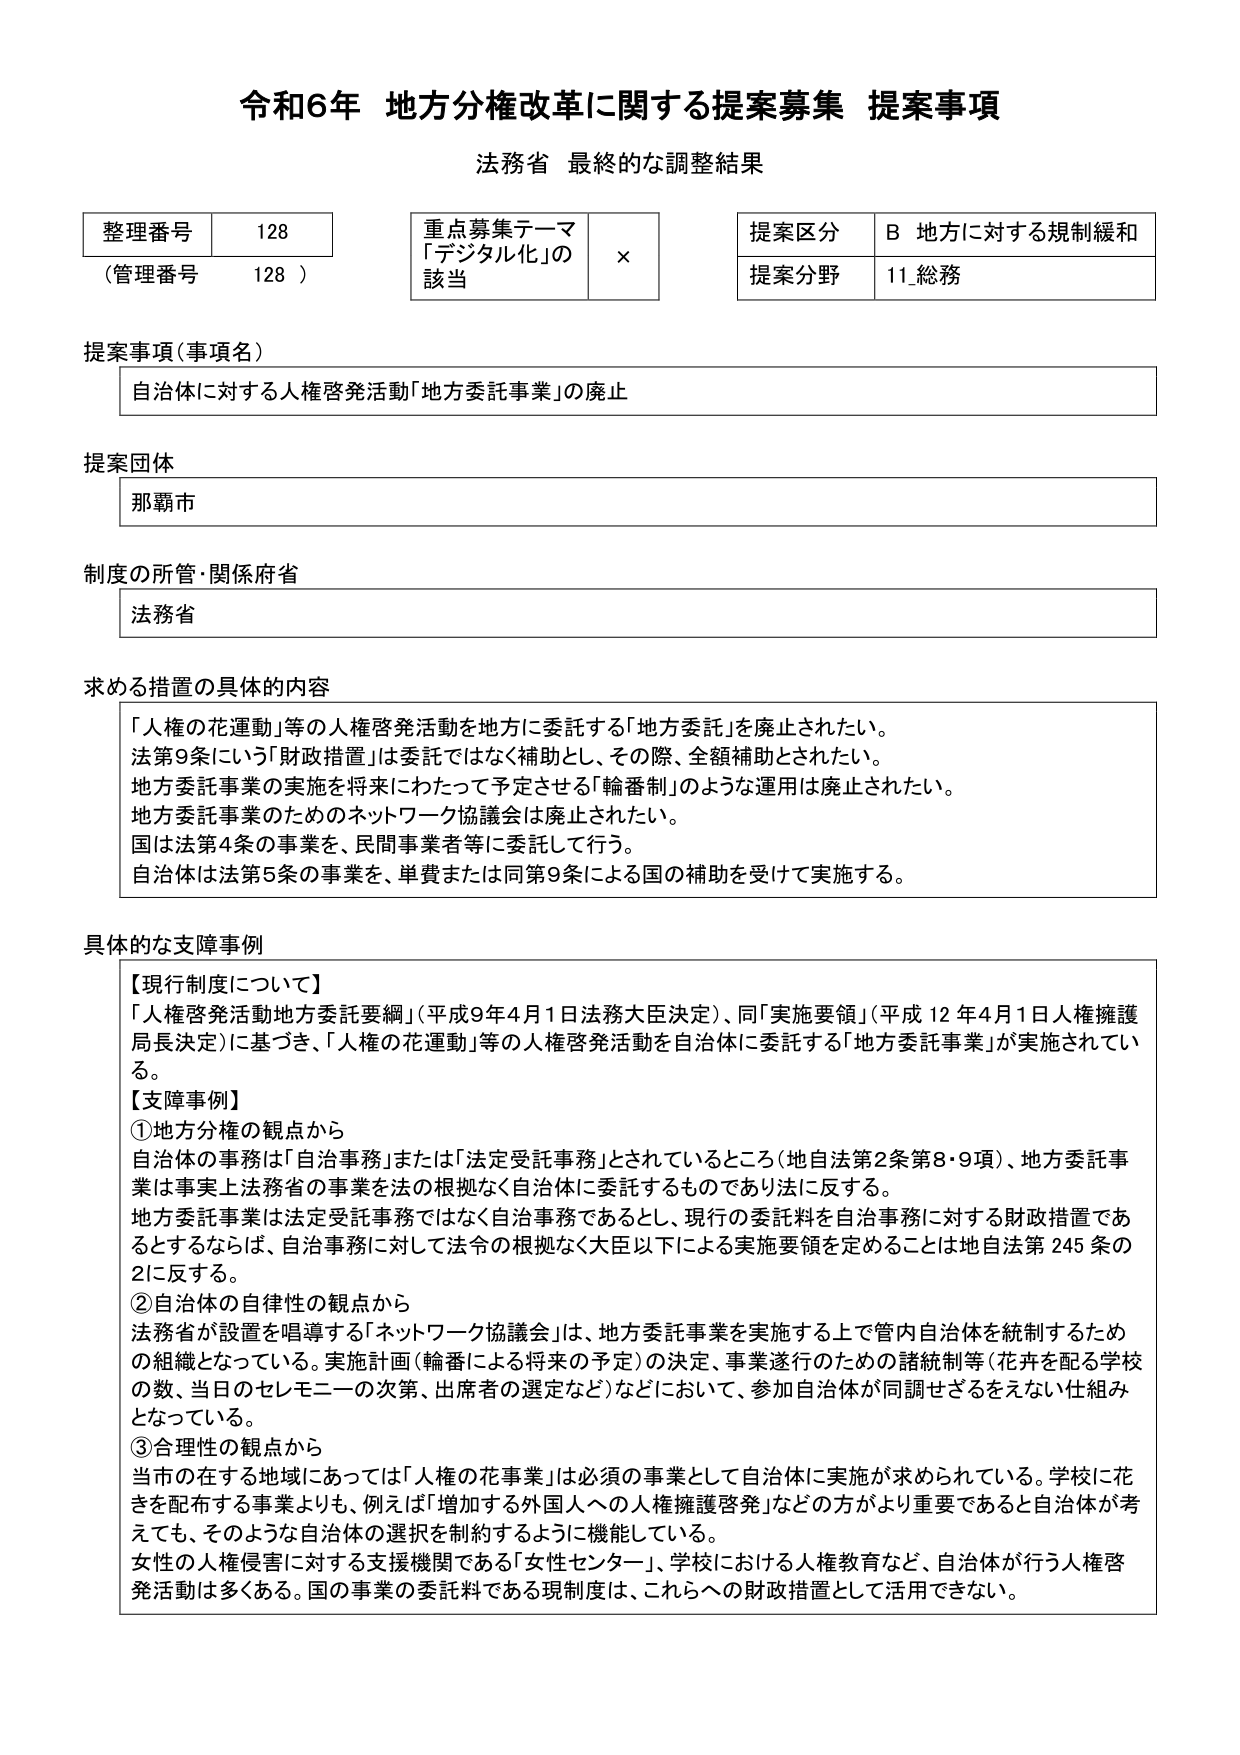
令和6年 地方分権改革に関する提案募集 提案事項
法務省 最終的な調整結果

整理番号 128
（管理番号 128）

重点募集テーマ
「デジタル化」の
該当 ×

提案区分 B 地方に対する規制緩和
提案分野 11_総務

提案事項（事項名）
自治体に対する人権啓発活動「地方委託事業」の廃止

提案団体
那覇市

制度の所管・関係府省
法務省

求める措置の具体的な内容
「人権の花運動」等の人権啓発活動を地方に委託する「地方委託」を廃止されたい。
法第9条にいう「財政措置」は委託ではなく補助とし、その際、全額補助とされたい。
地方委託事業の実施を将来にわたって予定させる「輪番制」のような運用は廃止されたい。
地方委託事業のためのネットワーク協議会は廃止されたい。
国は法第4条の事業を、民間事業者等に委託して行う。
自治体は法第5条の事業を、単費または同第9条による国の補助を受けて実施する。

具体的な支障事例
【現行制度について】
「人権啓発活動地方委託要綱」（平成9年4月1日法務大臣決定）、同「実施要領」（平成12年4月1日人権擁護局長決定）に基づき、「人権の花運動」等の人権啓発活動を自治体に委託する「地方委託事業」が実施されている。
【支障事例】
①地方分権の観点から
自治体の事務は「自治事務」または「法定受託事務」とされているところ（地自法第2条第8・9項）、地方委託事業は事実上法務省の事業を法の根拠なく自治体に委託するものであり法に反する。
地方委託事業は法定受託事務ではなく自治事務であるとし、現行の委託料を自治事務に対する財政措置であるとするならば、自治事務に対して法令の根拠なく大臣以下による実施要領を定めることは地自法第245条の2に反する。
②自治体の自律性の観点から
法務省が設置を唱導する「ネットワーク協議会」は、地方委託事業を実施する上で管内自治体を統制するための組織となっている。実施計画（輪番による将来の予定）の決定、事業遂行のための諸統制等（花弁を配る学校の数、当日のセレモニーの次第、出席者の選定など）などにおいて、参加自治体が同調せざるをえない仕組みとなっている。
③合理性の観点から
当市の在する地域にあっては「人権の花事業」は必須の事業として自治体に実施が求められている。学校に花を配布する事業よりも、例えば「増加する外国人への人権擁護啓発」などの方がより重要であると自治体が考えても、そのような自治体の選択を制約するように機能している。
女性の人権侵害に対する支援機関である「女性センター」、学校における人権教育など、自治体が行う人権啓発活動は多くある。国の事業の委託料である現制度は、これらへの財政措置として活用できない。